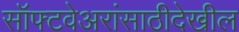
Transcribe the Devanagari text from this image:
सॉफ्टवेअरांसाठीदेखील